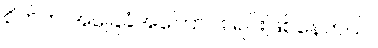
စိတ်က အခြေခံအကြောင်း ရင်းဖြစ်နေတယ်။